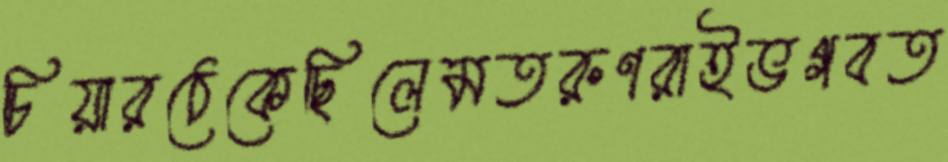
চিয়ারঠেকেছিলেমতরুণরাইভগবত